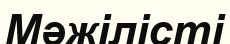
Мәжілісті